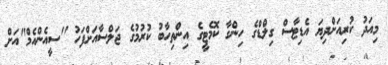
މިއަދު ކުރިއަށްދިޔަ އެޑިޓާސް ގިލްޑްގެ ހިންގާ ކޮމެޓީގެ އިންތިހާބު ކުރުމުގެ ޖަލްސާއަށްފަހު "ސީއެންއެމް"އަށް